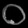
Digit: ၀